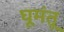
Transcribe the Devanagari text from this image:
घूमंतू